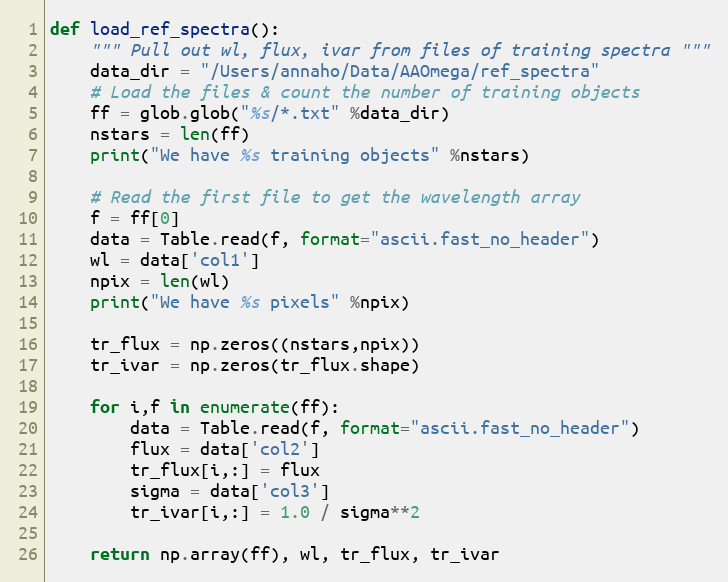
Language: Python
def load_ref_spectra():
    """ Pull out wl, flux, ivar from files of training spectra """
    data_dir = "/Users/annaho/Data/AAOmega/ref_spectra"
    # Load the files & count the number of training objects
    ff = glob.glob("%s/*.txt" %data_dir)
    nstars = len(ff)
    print("We have %s training objects" %nstars)

    # Read the first file to get the wavelength array
    f = ff[0]
    data = Table.read(f, format="ascii.fast_no_header")
    wl = data['col1']
    npix = len(wl)
    print("We have %s pixels" %npix)

    tr_flux = np.zeros((nstars,npix))
    tr_ivar = np.zeros(tr_flux.shape)

    for i,f in enumerate(ff):
        data = Table.read(f, format="ascii.fast_no_header")
        flux = data['col2']
        tr_flux[i,:] = flux
        sigma = data['col3']
        tr_ivar[i,:] = 1.0 / sigma**2

    return np.array(ff), wl, tr_flux, tr_ivar